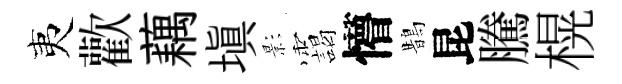
夷歡藕塡影靄懵鵲昆騰榥